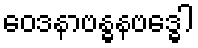
ဝေဒနာဗန္ဓနဗဒ္ဓေါ